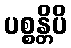
ပစ္စန္တိပိ